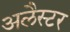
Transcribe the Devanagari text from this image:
अलैस्टर